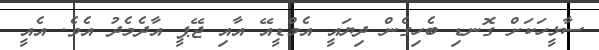
ސާޅީހަކަށް ގޮނޑި ބެހިގެން ދިޔައީ އެމްޑީއޭ އާއި ޖޭޕީ އާދެމެދު އެވެ. އެއީ